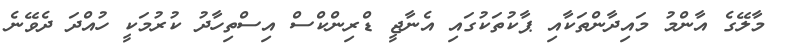
މާލޭގެ އާންމު މައިދާންތަކާއި ޕާކުތަކުގައި އެނާޖީ ޑްރިންކްސް އިސްތިހާދު ކުރުމަކީ ހުއްދަ ދެވޭނެ